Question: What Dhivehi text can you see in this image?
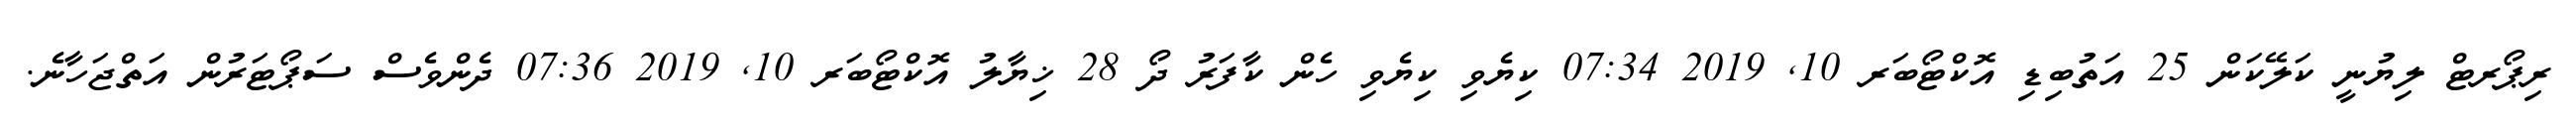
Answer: ރިޕޯރޓް ލިޔުނީ ކަލޭކަން 25 އަތުބިޑި އޮކްޓޯބަރ 10, 2019 07:34 ކިޔެވި ކިޔެވި ހެން ކާފަރު ދޯ 28 ޚިޔާލު އޮކްޓޯބަރ 10, 2019 07:36 ދެންވެސް ސަޕޯޓަރުން އަތްޖަހާނެ.